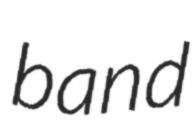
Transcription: band